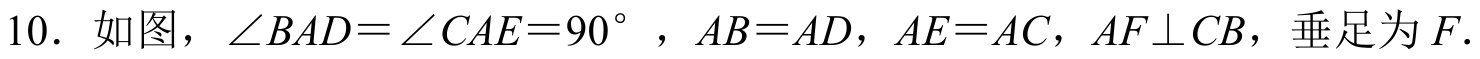
10. 如图，$\angle BAD=\angle CAE = 90^{\circ}$，$AB = AD$，$AE = AC$，$AF\perp CB$，垂足为$F$.